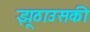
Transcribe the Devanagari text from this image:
झूठाउसकी